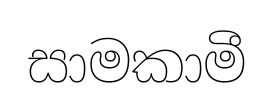
සාමකාමී